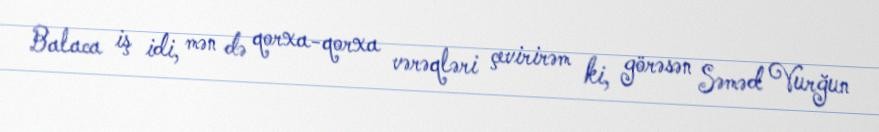
Balaca iş idi, mən də qorxa-qorxa vərəqləri çevirirəm ki, görəsən Səməd Vurğun